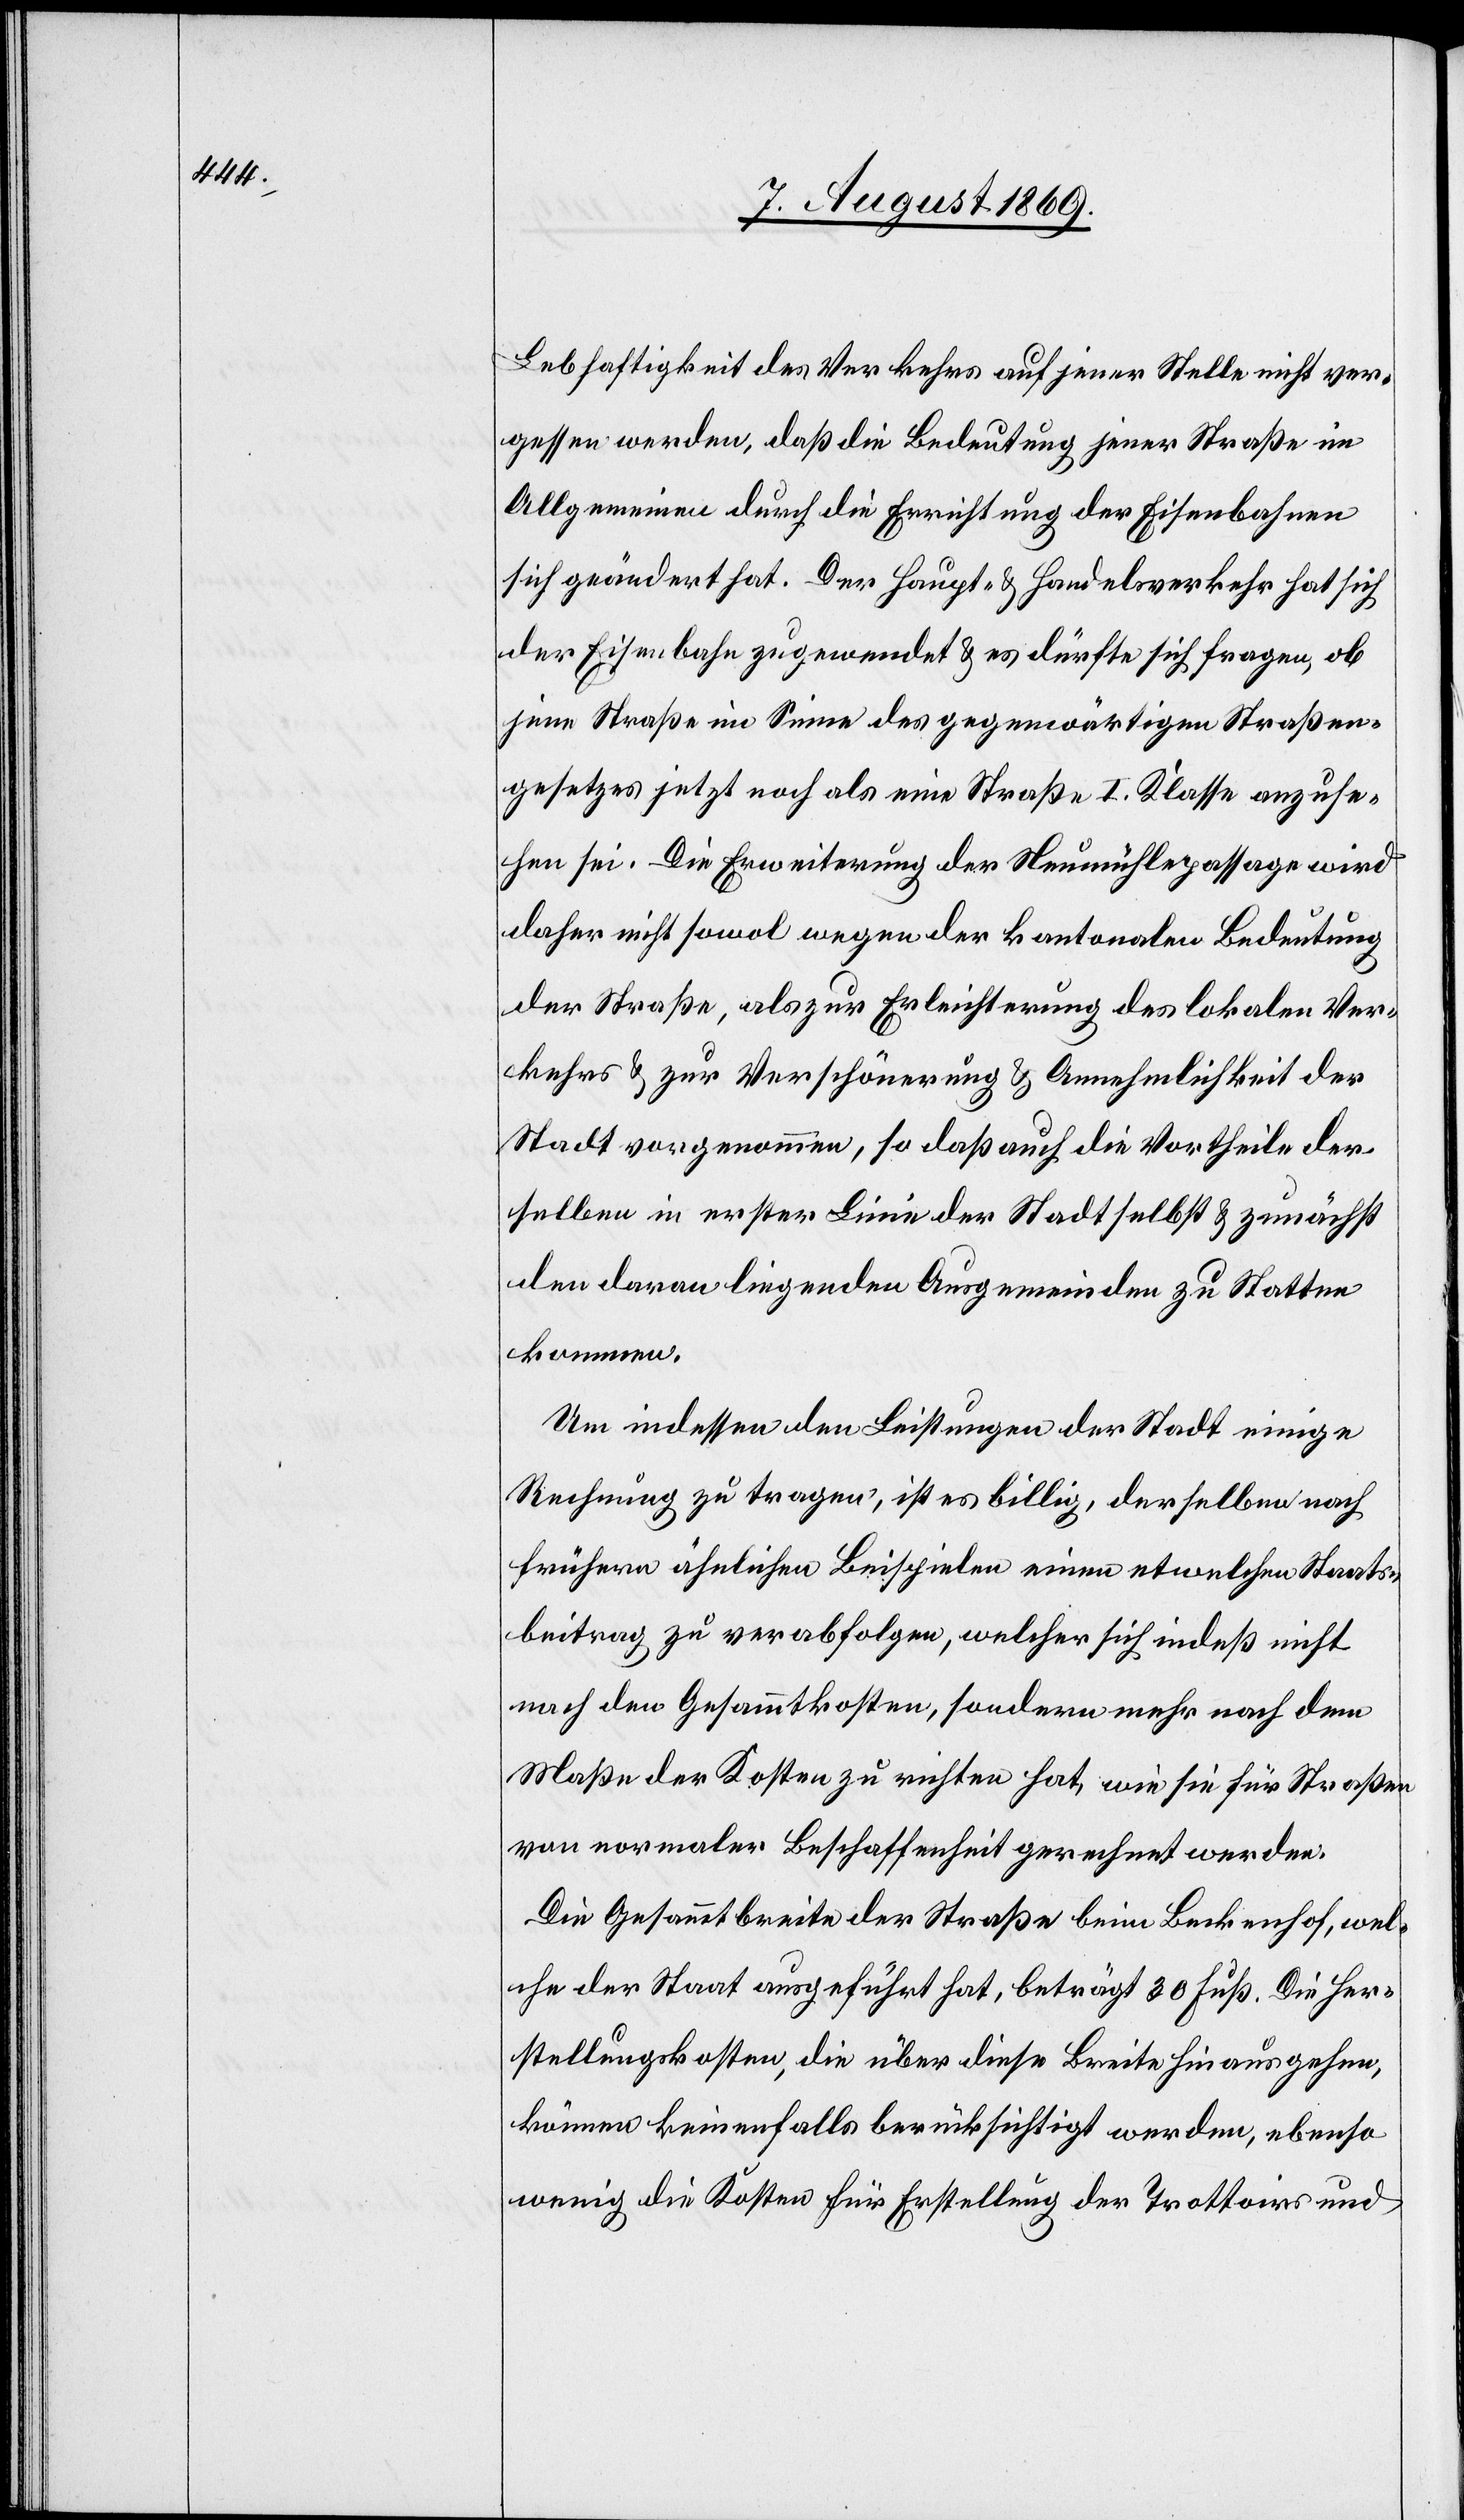
Lebhaftigkeit des Verkehrs auf jener Stelle nicht ver¬
gessen werden, daß die Bedeutung jener Straße im
Allgemeinen durch die Errichtung der Eisenbahnen
sich geändert hat. Der Haupt- & Handelsverkehr hat sich
der Eisenbahn zugewendet & es dürfte sich fragen, ob
jene Straße im Sinne des gegenwärtigen Straßen¬
gesetzes jetzt noch als eine Straße I Klasse anzuse¬
hen sei. Die Erweiterung der Neumühlepassage wird
daher nicht sowol wegen der kantonalen Bedeutung
der Straße, als zur Erleichterung des lokalen Ver¬
kehres & zur Verschönerung & Annehmlichkeit der
Stadt vorgenommen, so daß auch die Vortheile der¬
selben in erster Linie der Stadt selbst & zunächst
den daran liegenden Ausgemeinden zu Statten
kommen.
Um indessen den Leistungen der Stadt einige
Rechnung zu tragen, ist es billig, derselben nach
frühern ähnlichen Beispielen einen etwelchen Staats¬
beitrag zu verabfolgen, welcher sich indeß nicht
nach den Gesammtkosten, sondern mehr nach dem
Maße der Kosten zu richten hat, wie sie für Straßen
von normaler Beschaffenheit gerechnet werden:
Die Gesammtbreite der Straße beim Beckenhof, wel¬
che der Staat ausgeführt hat, beträgt 30 Fuß. Die Her¬
stellungskosten, die über diese Breite hinausgehen,
können keinesfalls berücksichtigt werden, ebenso
wenig die Kosten für Erstellung der Trottoirs und